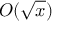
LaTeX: O ( { \sqrt { x } } )